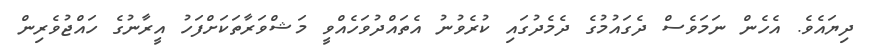
ދިޔައެވެ. އެހެން ނަމަވެސް ދެގައުމުގެ ދެމެދުގައި ކުރެވުނު އެތައްދުވަހެއްވީ މަޝްވަރާތަކަށްފަހު އީރާނުގެ ހައްޖުވެރިން